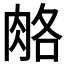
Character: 𦛃